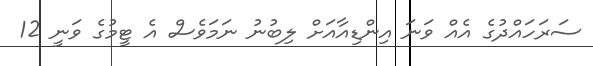
ސަރަހައްދުގެ އެއް ވަނަ އިންޑިއާއަށް ލިބުނު ނަމަވެސް އެ ޓީމުގެ ވަނީ 12